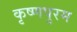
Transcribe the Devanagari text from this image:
कृष्णपुरम